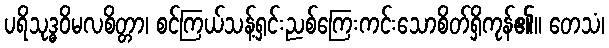
ပရိသုဒ္ဓဝိမလစိတ္တာ၊ စင်ကြယ်သန့်ရှင်းညစ်ကြေးကင်းသောစိတ်ရှိကုန်၏။ တေသံ၊